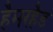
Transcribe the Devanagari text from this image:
हैमरहैड